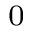
^ 0